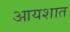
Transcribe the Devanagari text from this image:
आयशात